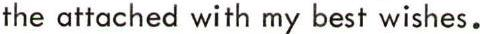
the attached with my best wishes.